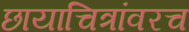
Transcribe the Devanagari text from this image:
छायाचित्रांवरच